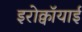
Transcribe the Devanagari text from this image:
इरोक्वॉयाई